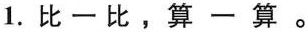
1.比一比，算一算。